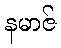
နမာဇ်